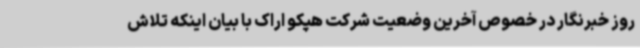
روز خبرنگار در خصوص آخرین وضعیت شرکت هپکو اراک با بیان اینکه تلاش